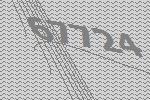
67724